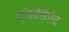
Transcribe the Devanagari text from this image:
एफ़िसिएंट